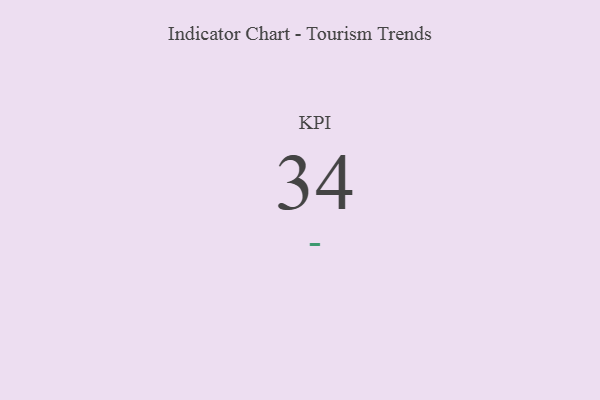
{"axis": {"x": "KPI", "y": "Value"}, "legend": [""], "data": [{"x": "KPI", "y": 34, "type": ""}]}